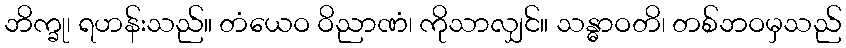
ဘိက္ခု၊ ရဟန်းသည်။ တံယေဝ ဝိညာဏံ၊ ကိုသာလျှင်။ သန္ဓာဝတိ၊ တစ်ဘဝမှသည်